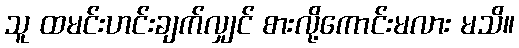
သူ ထမင်းဟင်းချက်လျှင် စားလို့ကောင်းမလား မသိ။